Vaccination North-Western Provinces and Oudh 1896-1901 - 1896-1901
Year: 1896
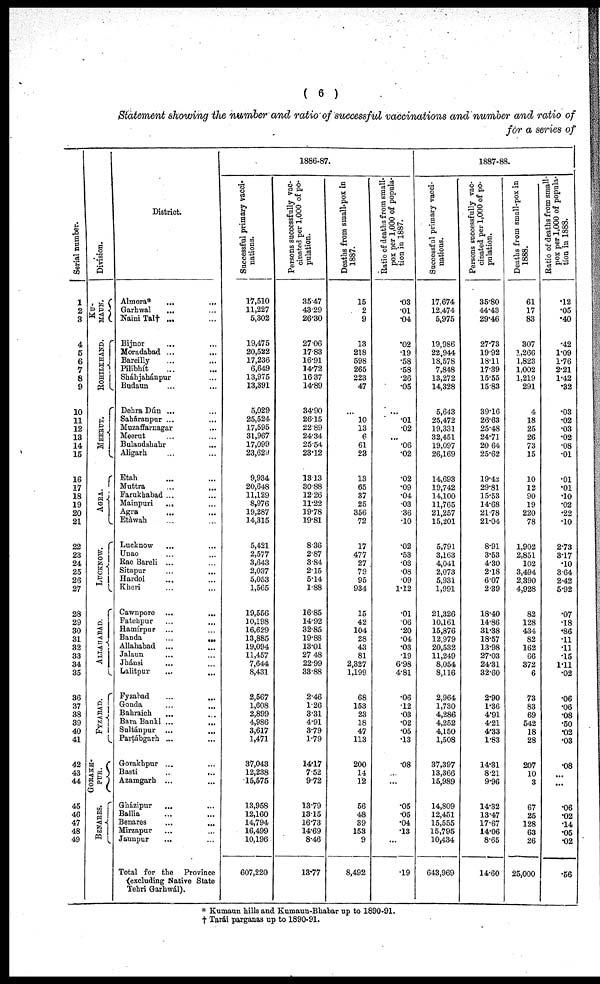
( 6 )
Statement showing the number and ratio of successful vaccinations and number and ratio of
for a series of
Serial number.
1
2
3
4
5
6
7
8
9
10
11
12
13
14
15
16
17
18
19
20
21
22
23
24
25
26
27
28
29
30
31
32
33
34
35
36
37
38
39
40
41
42
43
44
45
46
47
48
49
Division.
KU¬
MAUN.
ROHILKHAND.
MEERUT.
AGRA.
LUCKNOW.
ALLAHABAD.
FYZABAD.
GORAKH¬
PUR.
BENARES.
District.
Almora* ... ...
Garhwal ... ...
Naini Tal† ... ...
Bijnor ... ...
Moradabad ... ...
Bareilly ... ...
Pilibhít ... ...
Sháhjahánpur ... ...
Budaun ... ...
Dehra Dún ... ...
Saháranpur ... ...
Muzaffarnagar ... ...
Meerut ... ...
Bulandshahr ... ...
Aligarh ... ...
Etah ... ...
Muttra
...
...
Farukhabad ... ...
Mainpuri ... ...
Agra ... ...
Etáwah ... ...
Lucknow ... ...
Unao ... ...
Rae Bareli ... ...
Sitapur ... ...
Hardoi ... ...
Kheri ... ...
Cawnpore
...
...
Fatehpur ... ...
Hamírpur ... ...
Banda
...
...
Allahabad ... ...
Jalaun ... ...
Jhánsi ... ...
Lalitpur
...
...
Fyzabad
...
...
Gonda ... ...
Bahraich ... ...
Bara Banki
...
...
Sultánpur
...
...
Partábgarh ... ...
Gorakhpur ... ...
Basti
...
...
Azamgarh ... ...
Gházipur ... ...
Ballia ... ...
Benares
...
...
Mirzapur ... ...
Jaunpur ... ...
Total for the Province
(excluding Native State
Tehri Garhwál).
1886-87.
Successful primary vacci-
nations.
17,510
11,227
5,302
19,475
20,522
17,236
6,649
13,975
13,391
5,029
25,524
17,595
31,967
17,099
23,629
9,934
20,648
11,129
8,976
19,287
14,315
5,421
2,577
3,643
2,037
5,053
1,565
19,556
10,198
16,629
13,885
19,094
11,457
7,644
8,431
2,567
1,608
2,899
4,986
3,617
1,471
37,043
12,238
15,575
13,958
12,160
14,794
16,499
10,196
607,220
Persons successfully vac-
cinated per 1,000 of po-
pulation.
35.47
43.29
26.30
27.06
17.83
16.91
14.72
16.37
14.89
34.90
26.15
22.89
24.34
25.54
23.12
13.13
30.88
12.26
11.22
19.78
19.81
8.36
2.87
3.84
2.15
5.14
1.88
16.85
14.92
32.85
19.88
13.01
27.48
22.99
33.88
2.46
1.26
3.31
4.91
3.79
1.79
14.17
7.52
9.72
13.79
13.15
16.73
14.69
8.46
13.77
Deaths from small-pox in
1887.
15
2
9
13
218
598
265
223
47
...
10
13
6
61
23
13
65
37
25
356
72
17
477
27
79
95
934
15
42
104
28
43
81
2,327
1,199
68
153
23
18
47
113
200
14
12
56
48
39
153
9
8,492
Ratio of deaths from small-
pox per 1,000 of popula-
tion in 1887.
.03
.01
.04
.02
.19
.58
.58
.26
.05
...
.01
.02
...
.06
.02
.02
.09
.04
.03
.36
.10
.02
.53
.03
.08
.09
1.12
.01
06
.20
.04
.03
.19
6.98
4.81
.06
.12
.03
.02
.05
.13
.08
...
...
.05
.05
.04
.13
...
.19
1887-88.
Successful primary vacci-
nations.
17,674
12,474
5,975
19,986
22,944
18,578
7,848
13,272
14,328
5,643
25,472
19,331
32,451
19,097
26,169
14,693
19,742
14,100
11,765
21,257
15,201
5,791
3,163
4,041
2,073
5,931
1,991
21,326
10,161
15,876
12,979
20,532
11,249
8,054
8,116
2,964
1,730
4,286
4,252
4,150
1,508
37,397
13,366
15,989
14,809
12,451
15,555
15,795
10,434
643,969
Persons successfully vac-
cinated per 1,000 of po-
pulation.
35.80
44.43
29.46
27.73
19.92
18.11
17.39
15.55
15.83
39.16
26.63
25.48
24.71
20.64
25.62
19.42
29.81
15.53
14.68
21.78
21.04
8.91
3.53
4.30
2.18
6.07
2.39
18.40
14.86
31.38
18.57
13.98
27.03
24.31
32.60
2.90
1.36
4.91
4.21
4.33
1.83
14.31
8.21
9.96
14.32
13.47
17.67
14.06
8.65
14.60
Deaths from small-pox in
1888.
61
17
83
307
1,266
1,823
1,002
1,219
291
4
18
25
26
73
15
10
12
90
19
220
78
1,902
2,851
102
3,494
2,390
4,928
82
128
434
82
162
66
372
6
73
83
69
542
18
28
207
10
3
67
25
128
63
26
25,000
Ratio of deaths from small-
pox per 1,000 of popula-
tion in 1888.
.12
.05
.40
.42
1.09
1.76
2.21
1.42
.32
.03
.02
.03
.02
.08
.01
.01
.01
.10
.02
.22
.10
2.73
3.17
.10
3.64
2.42
5.92
.07
.18
.86
.11
.11
.15
1.11
.02
.06
.06
.08
.50
.02
.03
.08
...
...
.06
.02
.14
.05
.02
.56
* Kumaun hills and Kumaun-Bhabar up to 1890-91.
† Tarái parganas up to 1890-91.